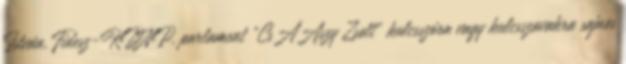
István, Fidesz-KDNP, parlament "CsĂĄszy Zsolt" kulcsszóra vagy kulcsszavakra sajnos